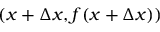
( x + \Delta x , f ( x + \Delta x ) )